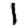
Digit: 1